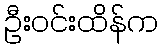
ဦးဝင်းထိန်က